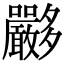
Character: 𡗏